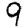
Digit: 9